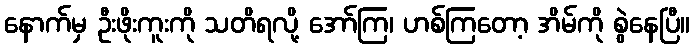
နောက်မှ ဦးဖိုးကူးကို သတိရလို့ အော်ကြ၊ ဟစ်ကြတော့ အိမ်ကို စွဲနေပြီ။